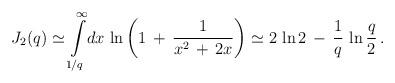
LaTeX: \begin{align*}J_2(q)\simeq \int\limits_{1/q}^{\infty}\!dx\,\ln\left(1\,+\,\frac{1}{x^2\,+\,2x}\right)\simeq 2\,\ln 2\,-\,\frac{1}{q}\,\ln\frac{q}{2}\,{.}\end{align*}